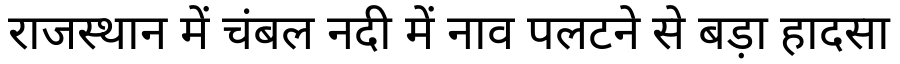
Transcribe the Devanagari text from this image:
राजस्थान में चंबल नदी में नाव पलटने से बड़ा हादसा